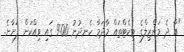
"އާ ދެ މަންޒިލްގެ ޓިކެޓްތައް މާދަމާ ހެނދުނު 9:00 ގައި ވިއްކަން ފަށާނެ.